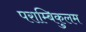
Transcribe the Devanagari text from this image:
पराम्बिकुलम